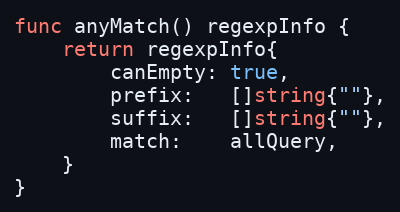
Language: Go
func anyMatch() regexpInfo {
	return regexpInfo{
		canEmpty: true,
		prefix:   []string{""},
		suffix:   []string{""},
		match:    allQuery,
	}
}